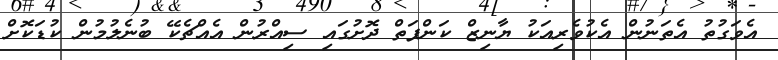
އެވަގުތު އެތަނުން އެކުވެރިއަކު ޔާނިޒް ކަންފަތް ދޮށުގައި ސިއްރުން އެއްޗެކޭ ބުނެލުމުން ކުޑަކޮށް